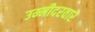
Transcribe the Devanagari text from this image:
उम्मीदरवार